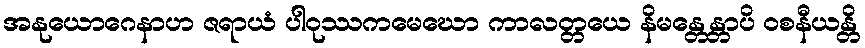
အနုယောဂေနာဟ ဇရာယံ ပါဝုဿကမေဃော ကာလတ္တယေ နိမန္တေန္တာပိ ဝစနီယန္တိ